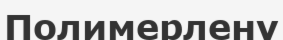
Полимерлену